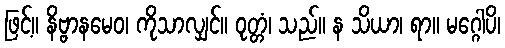
ဖြင့်။ နိဗ္ဗာနမေဝ၊ ကိုသာလျှင်။ ဝုတ္တံ၊ သည်။ န သိယာ၊ ရာ။ မဂ္ဂေါပိ၊